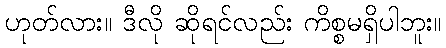
ဟုတ်လား။ ဒီလို ဆိုရင်လည်း ကိစ္စမရှိပါဘူး။